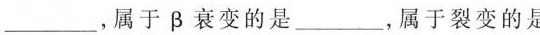
___，属于β衰变的是___，属于裂变的是